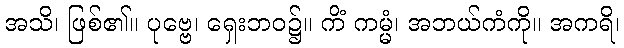
အသိ၊ ဖြစ်၏။ ပုဗ္ဗေ၊ ရှေးဘဝ၌။ ကိံ ကမ္မံ၊ အဘယ်ကံကို။ အကရိ၊